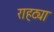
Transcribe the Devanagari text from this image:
राहट्या